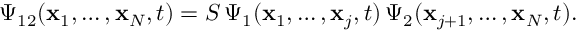
\Psi _ { 1 2 } ( { \bf x } _ { 1 } , \ldots , { \bf x } _ { N } , t ) = S \, \Psi _ { 1 } ( { \bf x } _ { 1 } , \ldots , { \bf x } _ { j } , t ) \, \Psi _ { 2 } ( { \bf x } _ { j + 1 } , \ldots , { \bf x } _ { N } , t ) .